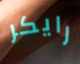
رايكر